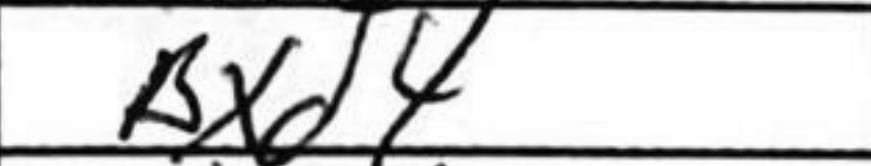
Transcription: Bxd4